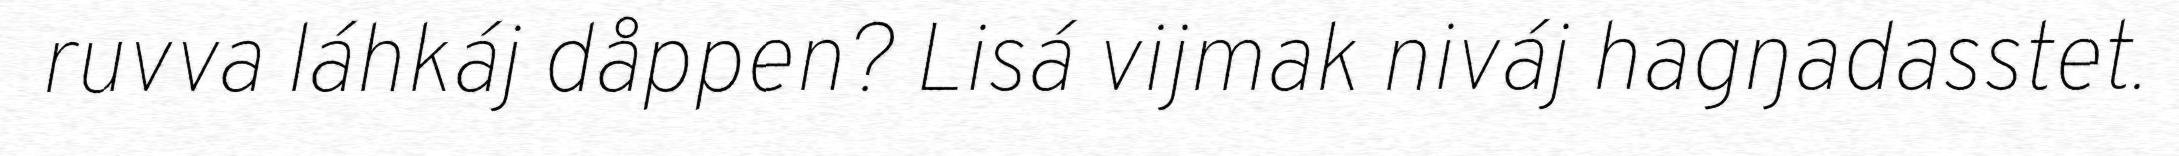
ruvva láhkáj dåppen? Lisá vijmak niváj hagŋadasstet.